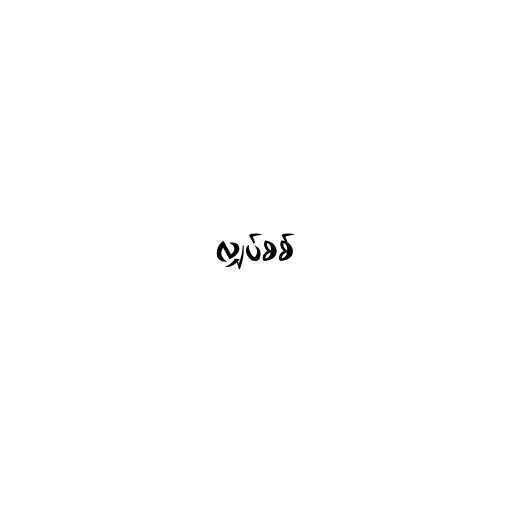
လျှပ်စစ်